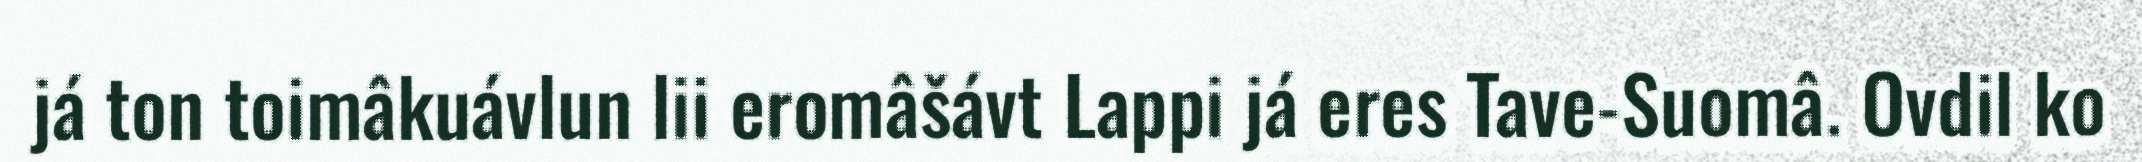
já ton toimâkuávlun lii eromâšávt Lappi já eres Tave-Suomâ. Ovdil ko